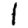
Digit: 1